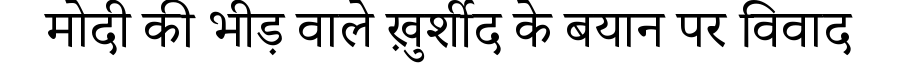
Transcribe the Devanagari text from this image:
मोदी की भीड़ वाले ख़ुर्शीद के बयान पर विवाद